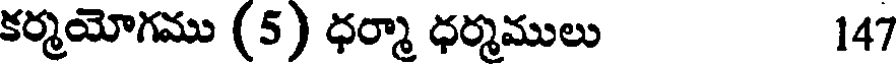
కర్మయోగము (5) ధర్మా ధర్మములు 147